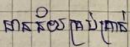
មានន័យគ្រប់គ្រាន់